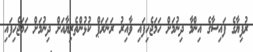
ރުފިޔާގެ ފައިސާގެ އިންމާ ދިނުމަށް ހަމަޖެހިފައި ވާއިރު ރަނަރަޕް ކުޅުންތެރިޔާއަށް ދިނުމަށް ހަމަޖެހިފައި